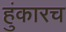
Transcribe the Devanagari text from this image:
हुंकारच